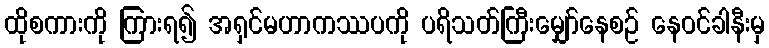
ထိုစကားကို ကြားရ၍ အရှင်မဟာကဿပကို ပရိသတ်ကြီးမျှော်နေစဉ် နေဝင်ခါနီးမှ